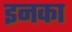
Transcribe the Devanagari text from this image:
इनका